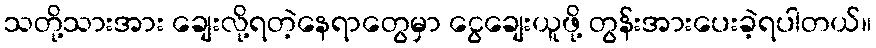
သတို့သားအား ချေးလို့ရတဲ့နေရာတွေမှာ ငွေချေးယူဖို့ တွန်းအားပေးခဲ့ရပါတယ်။